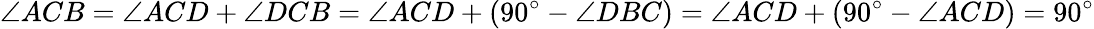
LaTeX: \angle ACB=\angle ACD+\angle DCB=\angle ACD+(90^{\circ}-\angle DBC)=\angle ACD+(90^{\circ}-\angle ACD)=90^{\circ}